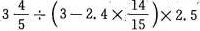
$$3 \frac { 4 } { 5 } \div ( 3 - 2 . 4 \times \frac{14}{15}) \times 2 . 5